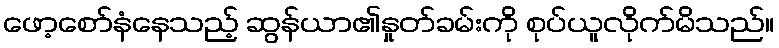
ဖော့စော်နံနေသည့် ဆွန်ယာ၏နှုတ်ခမ်းကို စုပ်ယူလိုက်မိသည်။